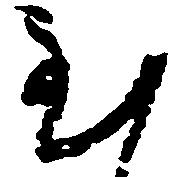
至